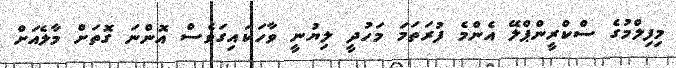
މިފިލްމުގެ ސްކްރީންޕްލޭ އެންމެ ފުރަތަމަ މަހުދީ ލިޔުނީ ވާހަކައިގަވެސް އޮންނަ ގޮތަށް މާލެއަށް